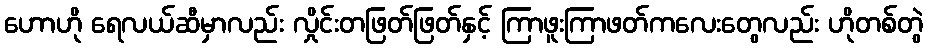
ဟောဟို ရေလယ်ဆီမှာလည်း လှိုင်းတဖြတ်ဖြတ်နှင့် ကြာဖူးကြာဖတ်ကလေးတွေလည်း ဟိုတစ်တွဲ